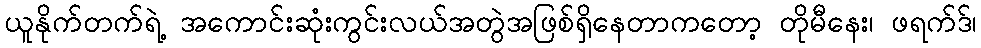
ယူနိုက်တက်ရဲ့ အကောင်းဆုံးကွင်းလယ်အတွဲအဖြစ်ရှိနေတာကတော့ တိုမီနေး၊ ဖရက်ဒ်၊